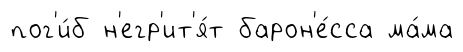
пог'и́б н'егр'ит'я́т барон'е́сса ма́ма